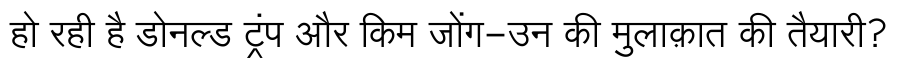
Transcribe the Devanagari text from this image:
हो रही है डोनल्ड ट्रंप और किम जोंग-उन की मुलाक़ात की तैयारी?